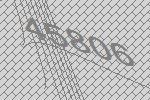
45806